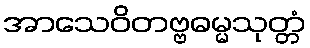
အာသေဝိတဗ္ဗဓမ္မသုတ္တံ